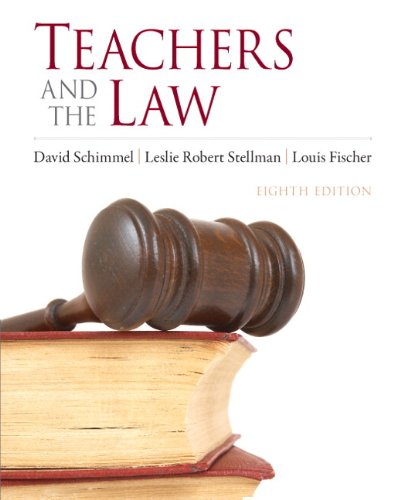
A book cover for Teachers and the Law (8th Edition); David Schimmel; Law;